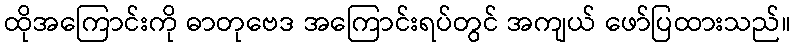
ထိုအကြောင်းကို ဓာတုဗေဒ အကြောင်းရပ်တွင် အကျယ် ဖော်ပြထားသည်။